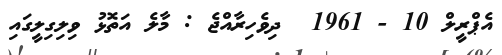
އެޕްރީލް 10 - 1961  ދިވެހިރާއްޖެ : މާލެ އަތޮޅު ވިލިގިލީގައި